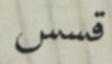
قسس